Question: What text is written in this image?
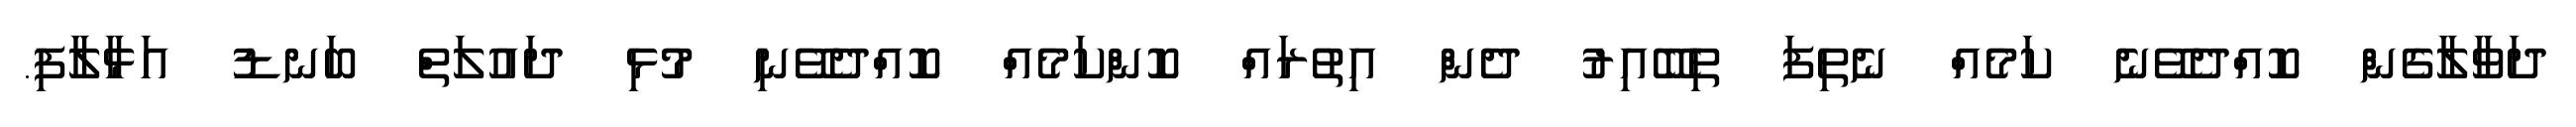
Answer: ދަވާލާގެން ކޮއްދެވޭނެ ކަމެއް ނެތިފަ ތިބޭއިރު ދެން އިތުރައް ކޮންކަމެއް ކޮއްދެވޭނި މުޅި ދައުލަތް ބަނޑު އަޅާލާފި.